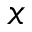
x